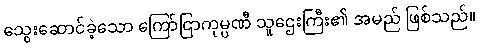
သွေးဆောင်ခဲ့သော ကြော်ငြာကုမ္ပဏီ သူဌေးကြီး၏ အမည် ဖြစ်သည်။